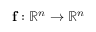
\mathbf { f } : \mathbb { R } ^ { n } \rightarrow \mathbb { R } ^ { n }